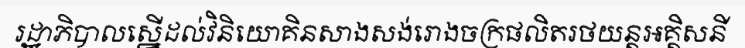
រដ្ឋាភិបាលស្នើដល់វិនិយោគិនសាងសង់រោងចក្រផលិតរថយន្តអគ្គិសនី